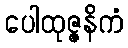
ပေါထုဇ္ဇနိကံ